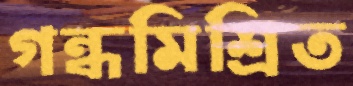
গন্ধমিশ্রিত